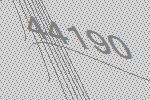
44190